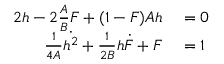
\begin{array} { r l } { 2 h - 2 \frac A B F + ( 1 - F ) A h } & { { } = 0 } \\ { \frac { 1 } { 4 A } \dot { h ^ { 2 } } + \frac { 1 } { 2 B } h \dot { F } + F } & { { } = 1 } \end{array}